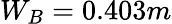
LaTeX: W_{B}=0.403m